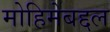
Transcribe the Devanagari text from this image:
मोहिमेबद्दल